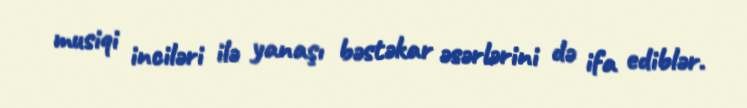
musiqi inciləri ilə yanaşı bəstəkar əsərlərini də ifa ediblər.